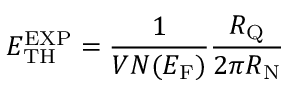
E _ { \mathrm { T H } } ^ { \mathrm { E X P } } = \frac { 1 } { V N ( E _ { \mathrm { F } } ) } \frac { R _ { \mathrm { Q } } } { 2 \pi R _ { \mathrm { N } } }